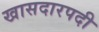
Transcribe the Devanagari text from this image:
खासदारपदी